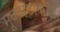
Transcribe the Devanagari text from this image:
मूकपटामध्येही